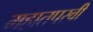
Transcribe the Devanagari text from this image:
महातपस्वी